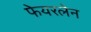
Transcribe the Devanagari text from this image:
फेयरलेन